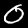
Digit: 0